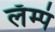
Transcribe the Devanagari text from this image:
लॅम्पं